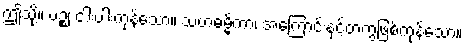
ဤသို့။ ပဉ္စ၊ ငါးပါးကုန်သော။ သဟဓမ္မိကာ၊ အကြောင်းနှင့်တကွဖြစ်ကုန်သော။